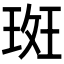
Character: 𭹞